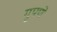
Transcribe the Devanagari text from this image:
ग्रूपणे